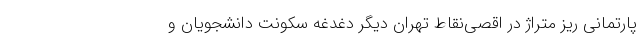
پارتمانی ریز متراژ در اقصی‌نقاط تهران دیگر دغدغه سکونت دانشجویان و